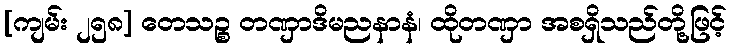
[ကျမ်း ၂၅၈] တေသဉ္စ တဏှာဒိမညနာနံ၊ ထိုတဏှာ အစရှိသည်တို့ဖြင့်